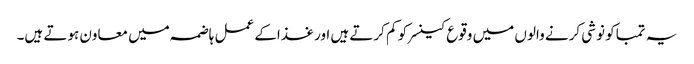
یہ تمباکو نوشی کرنے والوں میں وقوع کینسر کو کم کرتے ہیں اور غذاکے عمل ہاضمہ میں معاون ہوتے ہیں۔